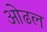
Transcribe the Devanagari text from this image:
ओढल